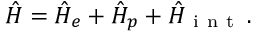
\hat { H } = \hat { H } _ { e } + \hat { H } _ { p } + \hat { H } _ { \mathrm { ~ i ~ n ~ t ~ } } \, .